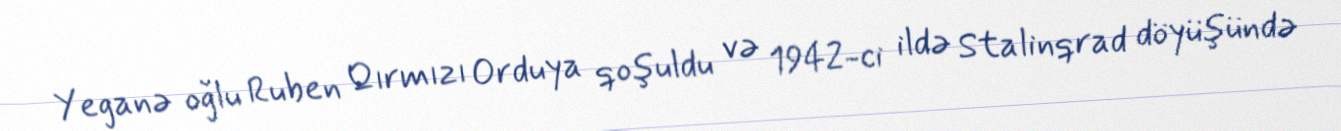
Yeganə oğlu Ruben Qırmızı Orduya qoşuldu və 1942-ci ildə Stalinqrad döyüşündə